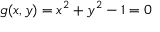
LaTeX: g ( x , y ) = x ^ { 2 } + y ^ { 2 } - 1 = 0